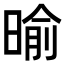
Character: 𣈥